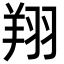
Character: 翔